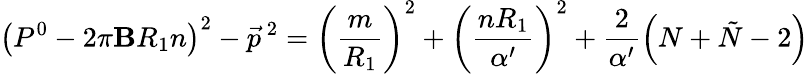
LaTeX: \left(P^{0}-2\pi\mathbf{B}R_{1}n\right)^{2}-{\vec{{p}}}^{~2}=\left(\frac{{m}}{{R_{1}}}\right)^{2}+\left(\frac{{nR_{1}}}{{\alpha^{\prime}}}\right)^{2}+\frac{{2}}{{\alpha^{\prime}}}\left(N+\tilde{{N}}-2\right)